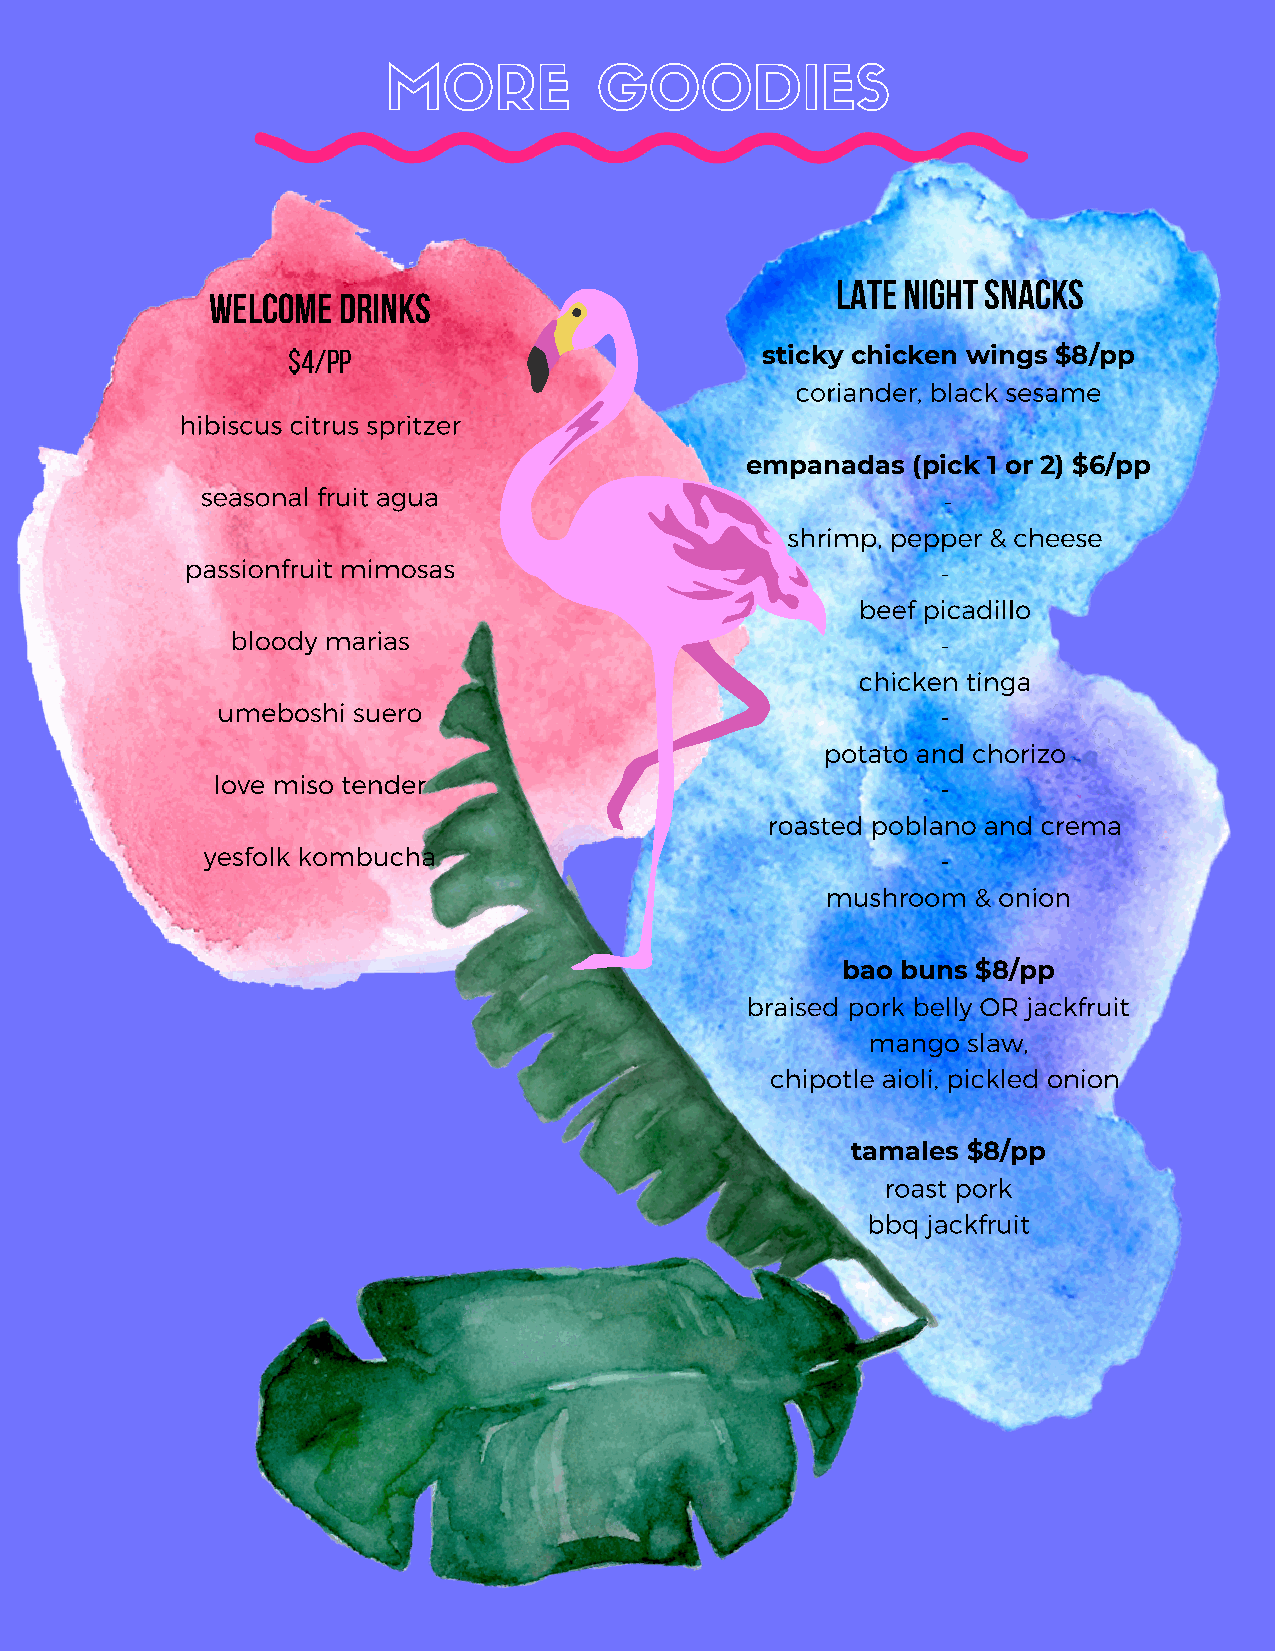
MORE          GOODIES
 late night snacks
 welcome drinks
 $4/pp                          sticky chicken wings $8/pp
 coriander, black sesame
 hibiscus citrus spritzer
 empanadas  (pick 1 or 2) $6/pp
 seasonal fruit agua                              -
 shrimp, pepper & cheese
 passionfruit mimosas                              -
 beef picadillo
 bloody marias                                  -
 chicken tinga
 umeboshi suero                                  -
 potato and chorizo
 love miso tender                                -
 roasted poblano and crema
 yesfolk kombucha                                 -
 mushroom  & onion
 bao buns $8/pp
 braised pork belly OR jackfruit
 mango  slaw,
 chipotle aioli, pickled onion
 tamales $8/pp
 roast pork
 bbq jackfruit